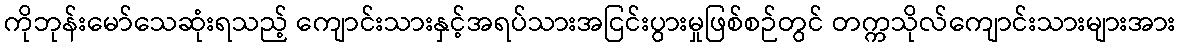
ကိုဘုန်းမော်သေဆုံးရသည့် ကျောင်းသားနှင့်အရပ်သားအငြင်းပွားမှုဖြစ်စဉ်တွင် တက္ကသိုလ်ကျောင်းသားများအား